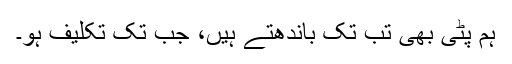
ہم پٹی بھی تب تک باندھتے ہیں، جب تک تکلیف ہو۔